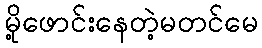
မို့ဖောင်းနေတဲ့မတင်မေ